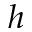
h